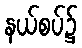
နယ်စပ်၌